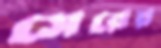
সেরের